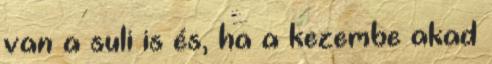
van a suli is és, ha a kezembe akad